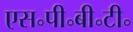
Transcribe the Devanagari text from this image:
एस॰पी॰बी॰टी॰